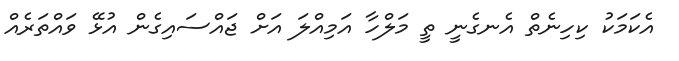
އެކަމަކު ކިހިނެތް އެނގެނީ ތީ މަލްހާ އަމިއްލަ އަށް ޖައްސައިގެން އުޅޭ ވައްތަރެއް